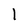
Character: 1